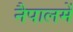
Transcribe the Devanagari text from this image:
नैपालमें